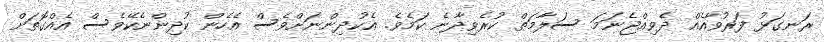
ރަނގަޅު ފަރުވާއެއް ދެވިއްޖެނަމަ ސަލާމަތް ކުރެވިދާނެ ކަމެވެ. އެކުދިންނަށްވެސް އެހެން ކުދިންނެކޭވެސް އެއްގޮތަށް